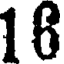
16